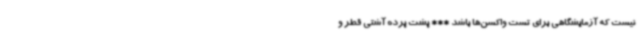
نیست که آزمایشگاهی برای تست واکسن‌ها باشد *** پشت پرده آشتی قطر و